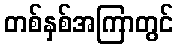
တစ်နှစ်အကြာတွင်